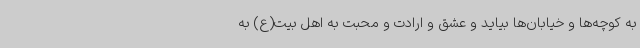
به کوچه‌ها و خیابان‌ها بیاید و ‌عشق و ارادت و محبت به اهل بیت(ع) به